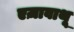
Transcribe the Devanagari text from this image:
एज़ावाथू